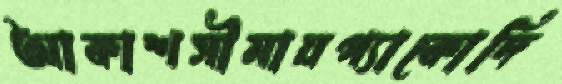
আকাশসীমায়প্যাকোদি